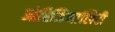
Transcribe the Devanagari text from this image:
ओरिजिनालिटी